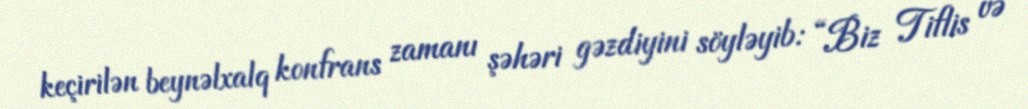
keçirilən beynəlxalq konfrans zamanı şəhəri gəzdiyini söyləyib: “Biz Tiflis və